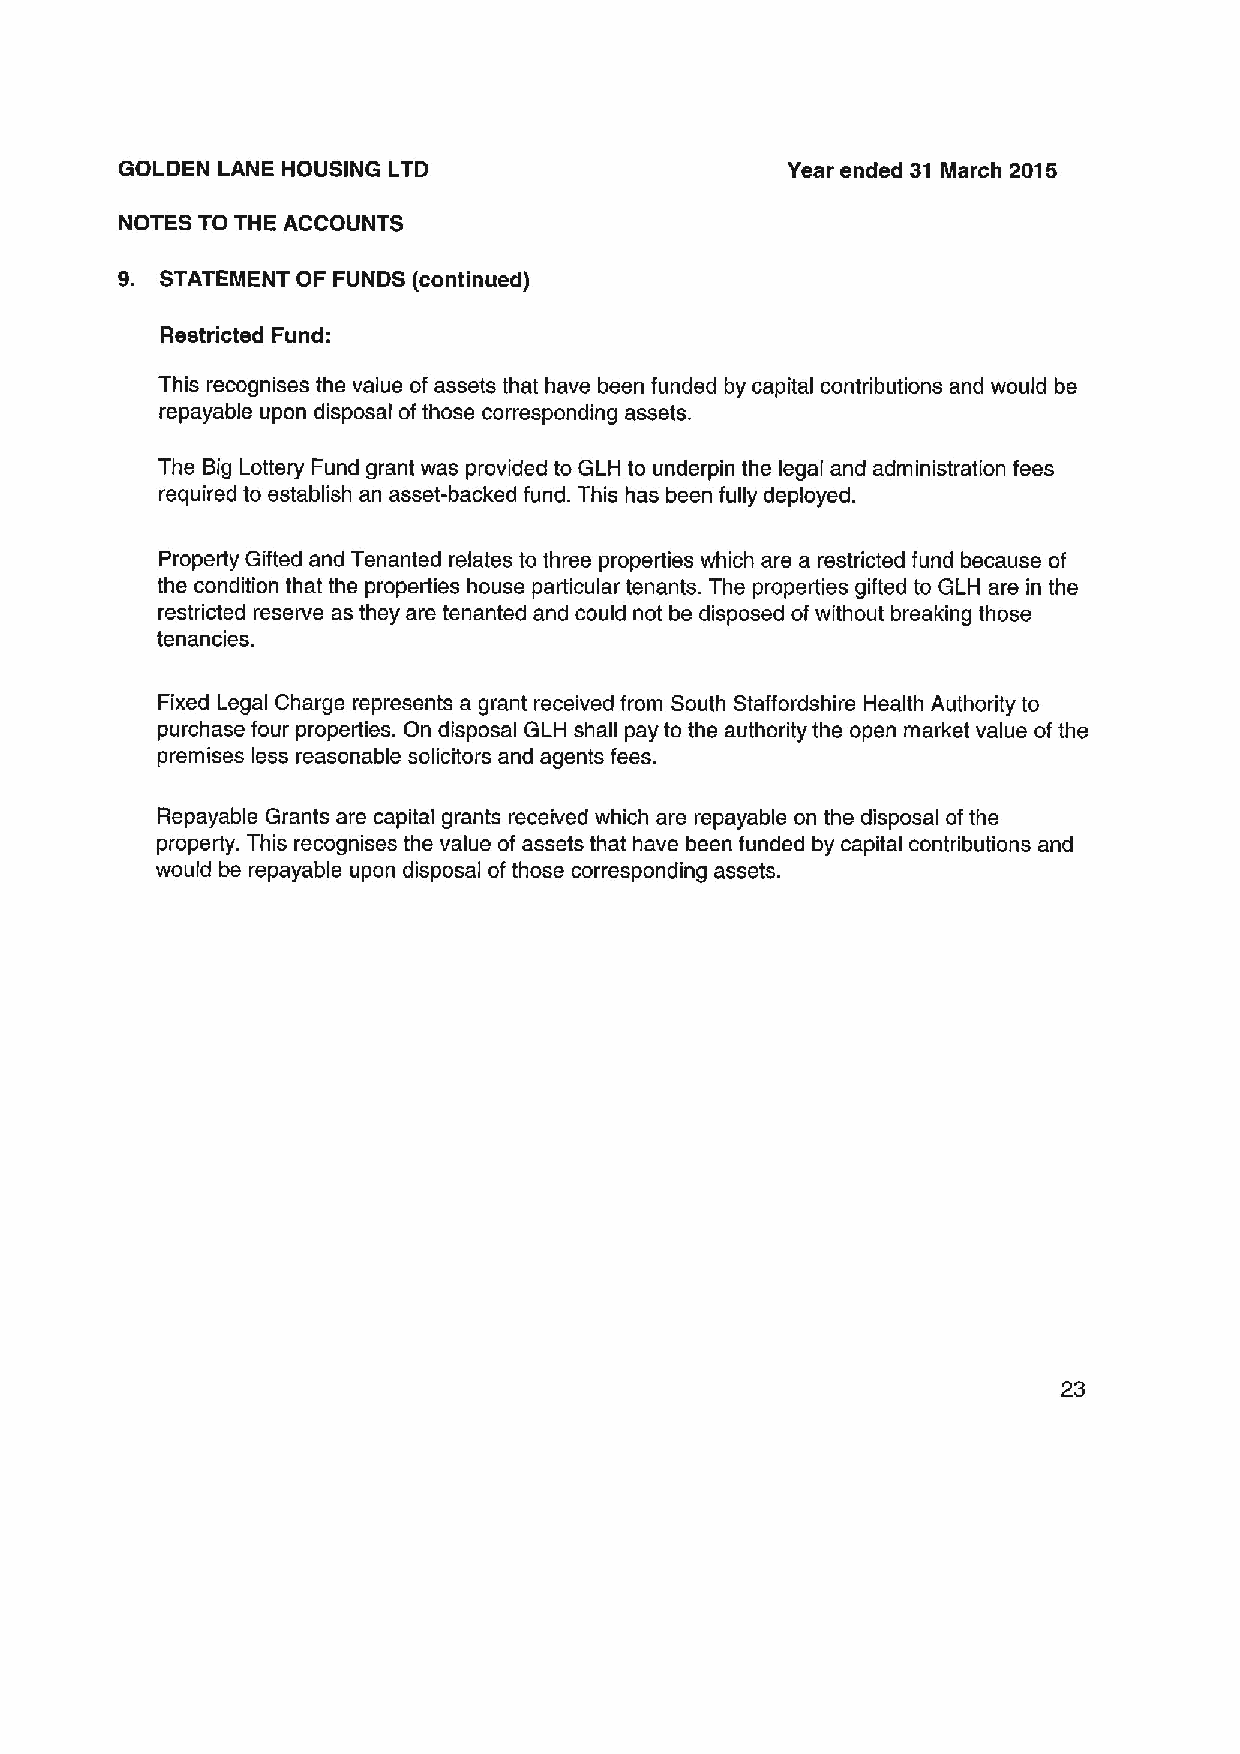
GOLDEN LANE HOUSING LTD                     Year ended 31 March 2015
 NOTES TO THE ACCOUNTS
 9. STATEMENT OF FUNDS (continued)
 Restricted Fund:
 This recognises the value of assets that have been funded by capital contributions and would be
 repayable upon disposal of those corresponding assets.
 The Big Lottery Fund grant was provided to GLH to underpin the legal and administration fees
 required to establish an asset-backed fund. This has been fully deployed.
 Property Gifted and Tenanted relates to three properties which are a restricted fund because of
 the condition that the properties house particular tenants. The properties gifted to GLH are in the
 restricted reserve as they are tenanted and could not be disposed of without breaking those
 tenancies.
 Fixed Legal Charge represents a grant received from South Staffordshire Health Authority to
 purchase four properties. On disposal GLH shall pay to the authority the open market value of the
 premises less reasonable solicitors and agents fees.
 Repayable Grants are capital grants received which are repayable on the disposal ofthe
 property. This recognises the value of assets that have been funded by capital contributions and
 would be repayable upon disposal ofthose corresponding assets.
 23